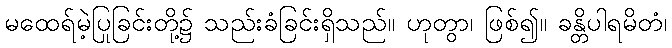
မထေရ်မဲ့ပြုခြင်းတို့၌ သည်းခံခြင်းရှိသည်။ ဟုတွာ၊ ဖြစ်၍။ ခန္တိပါရမိတံ၊